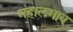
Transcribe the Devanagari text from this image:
महालगाव